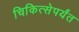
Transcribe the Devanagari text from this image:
चिकित्सेपर्यंत